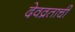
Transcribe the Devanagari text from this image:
देवव्रताची